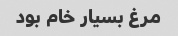
مرغ بسیار خام بود